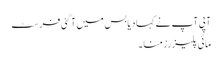
آپی آپ نے کہا دیا بس میں آگئی فرسٹ
مائی پلیزرز منا ۔